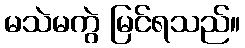
မသဲမကွဲ မြင်ရသည်။